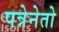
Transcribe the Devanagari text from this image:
पत्रेनेतो